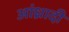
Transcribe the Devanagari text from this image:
आंध्रादी